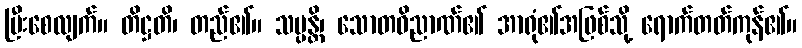
ပြီးစေလျက်။ တိဋ္ဌတိ၊ တည်၏။ သပ္ပန္တိ၊ သောတဝိညာဏ်၏ အာရုံ၏အဖြစ်သို့ ရောက်တတ်ကုန်၏။